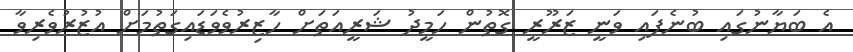
އެ ބަޔާނުގައި ބުނެފައި ވަނީ ޒަރޫރީ ގޮތުން ހަމީދު ޝަރީއަތަށް ހާޒިރުވެވަޑައިގަތުމަށް އުޒުރުވެރިވާ